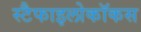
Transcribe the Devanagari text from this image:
स्टैफाइलोकॉकस